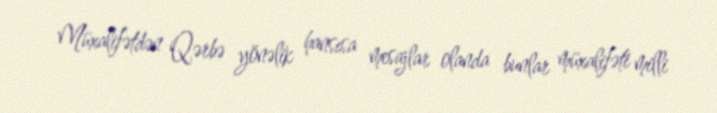
Müxalifətdən Qərbə yönəlik hansısa mesajlar olanda bunlar müxalifəti milli